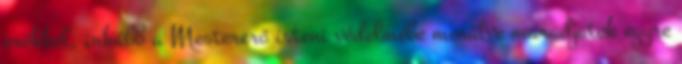
erőkkel, inkább a Mestererő isteni védelmébe merülve maradjatok egyre